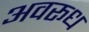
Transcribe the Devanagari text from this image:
अवरूध